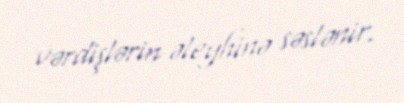
vərdişlərin əleyhinə səslənir.